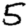
Digit: 5